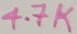
Text: 4.7K